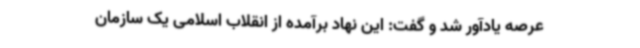
عرصه یادآور شد و گفت: این نهاد برآمده از انقلاب اسلامی یک سازمان